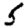
Digit: 5